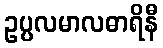
ဥပ္ပလမာလဓာရိနီ